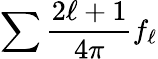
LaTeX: \sum\frac{2\ell+1}{4\pi}f_{\ell}